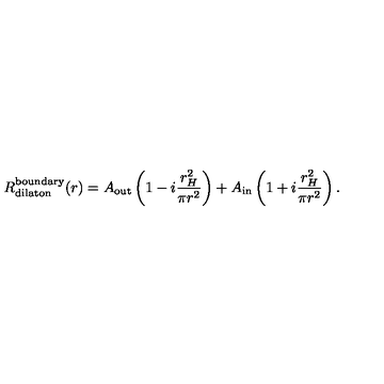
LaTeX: R _ { \mathrm { d i l a t o n } } ^ { \mathrm { b o u n d a r y } } ( r ) = A _ { \mathrm { o u t } } \left( 1 - i \frac { r _ { H } ^ { 2 } } { \pi r ^ { 2 } } \right) + A _ { \mathrm { i n } } \left( 1 + i \frac { r _ { H } ^ { 2 } } { \pi r ^ { 2 } } \right) .